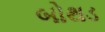
બોથડ